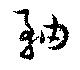
軸